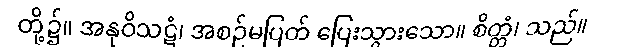
တို့၌။ အနုဝိသဋံ၊ အစဉ်မပြတ် ပြေးသွားသော။ စိတ္တံ၊ သည်။